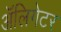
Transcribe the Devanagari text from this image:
अॅलिगेटर